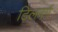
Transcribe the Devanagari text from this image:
टिलवर्ग